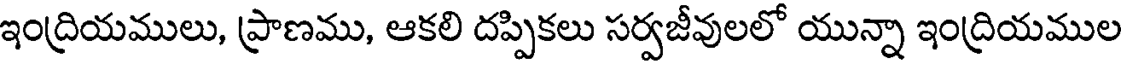
ఇంద్రియములు, ప్రాణము, ఆకలి దప్పికలు సర్వజీవులలో యున్నా ఇంద్రియముల